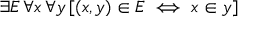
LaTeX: \exists E \, \forall x \, \forall y \, [ ( x , y ) \in E \iff x \in y ]